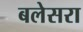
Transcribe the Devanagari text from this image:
बलेसरा